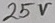
Text: 25V